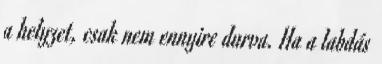
a helyzet, csak nem ennyire durva. Ha a labdás